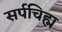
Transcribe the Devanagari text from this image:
सर्पचिह्म